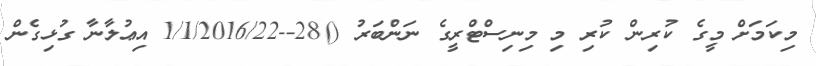
މިކަމަށް މީގެ ކުރިން ކުރި މި މިނިސްޓްރީގެ ނަންބަރު ()28--1/1/2016/22 އިޢުލާނާ ގުޅިގެން